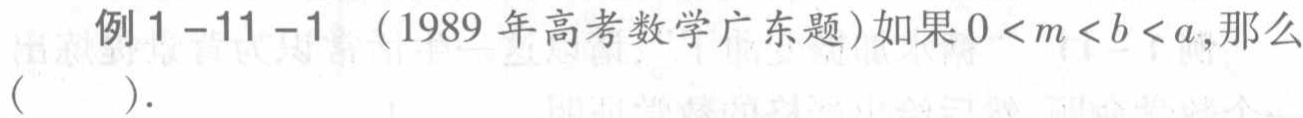
例1-11-1 （1989年高考数学广东题）如果\(0 < m < b < a\)，那么（  ）.